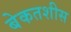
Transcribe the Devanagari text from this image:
बेकतशीस